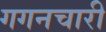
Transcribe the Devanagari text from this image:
गगनचारी